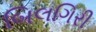
બિલગિરી